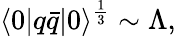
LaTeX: \langle 0|q\bar{q}|0\rangle^{\frac{1}{3}}\sim\Lambda,